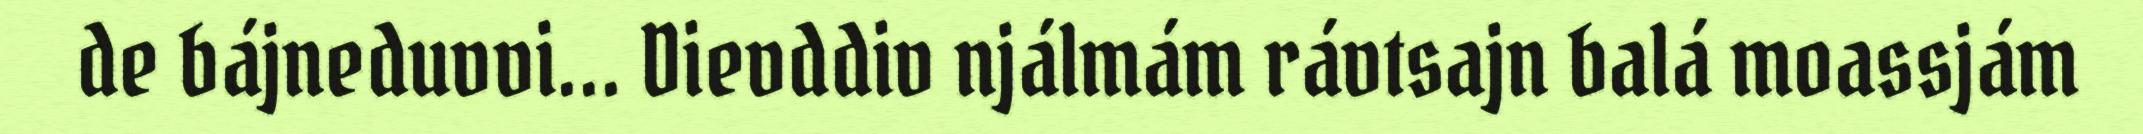
de bájneduvvi... Dievddiv njálmám rávtsajn balá moassjám